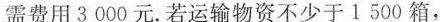
需费用3000元。若运输物资不少于1500箱，